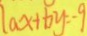
l a x + b y = - 9